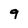
Character: 9